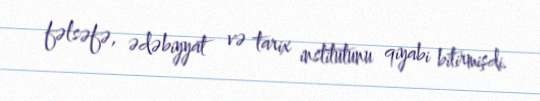
fəlsəfə, ədəbiyyat və tarix institutunu qiyabi bitirmişdi.